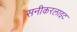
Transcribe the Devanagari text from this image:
सनीकरलाइट